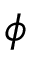
\phi